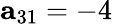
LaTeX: \mathbf{a}_{31}=-4